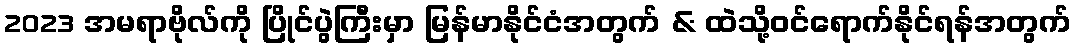
2023 အမရာဗိုလ်ကို ပြိုင်ပွဲကြီးမှာ မြန်မာနိုင်ငံအတွက် & ထဲသို့ဝင်ရောက်နိုင်ရန်အတွက်